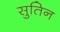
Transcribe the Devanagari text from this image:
सुतिन